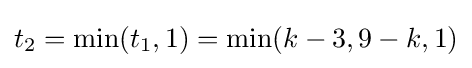
t_{2}=\min(t_{1},1)=\min(k-3,9-k,1)